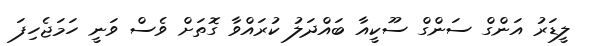
ލީޑަރު އަންގް ސަންގް ސޫކީއާ ބައްދަލު ކުރައްވާ ގޮތަށް ވެސް ވަނީ ހަމަޖެހިފަ